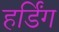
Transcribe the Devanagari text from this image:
हर्डिंग